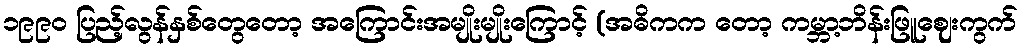
၁၉၉၀ ပြည့်လွန်နှစ်တွေတော့ အကြောင်းအမျိုးမျိုးကြောင့် (အဓိကက တော့ ကမ္ဘာ့ဘိန်းဖြူဈေးကွက်